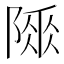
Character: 𨻌